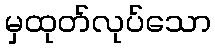
မှထုတ်လုပ်သော